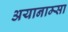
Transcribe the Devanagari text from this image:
अयानाम्सा